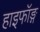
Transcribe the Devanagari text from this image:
हाइफॉङ्ग